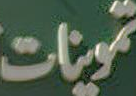
تموينات